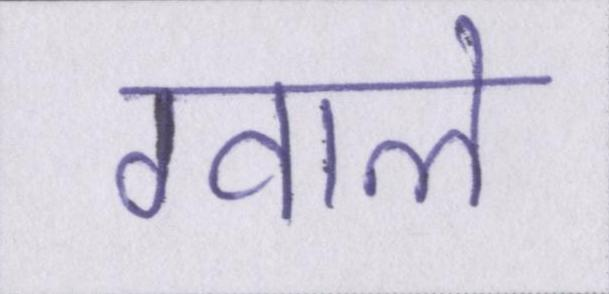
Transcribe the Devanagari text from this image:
ग्वाले